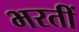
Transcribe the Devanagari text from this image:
भरतीं